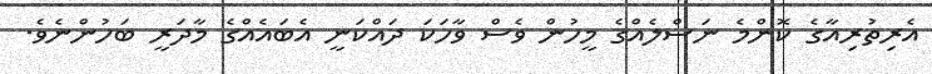
އެރިތުރިއާގެ ކޮންމެ ނަސްލެއްގެ މީހުން ވެސް ވާހަކަ ދައްކަނީ އެބައެއްގެ މާދަރީ ބަހުންނެވެ.